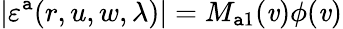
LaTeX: |\varepsilon^{\mathtt{a}}(r,u,w,\lambda)|=M_{\mathtt{a}1}(\mathit{v})\phi(\mathit{v})